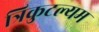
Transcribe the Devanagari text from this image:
त्रिकुटल्यम